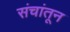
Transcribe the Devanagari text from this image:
संचांतून